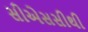
સીએસસીથી